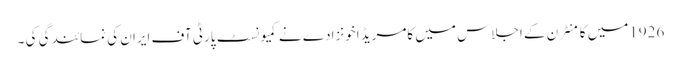
1926میں کامنٹرن کے اجلاس میں کامریڈ اخونزادے نے کمیونسٹ پارٹی آف ایران کی نمائندگی کی ۔